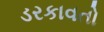
ડરકાવતો